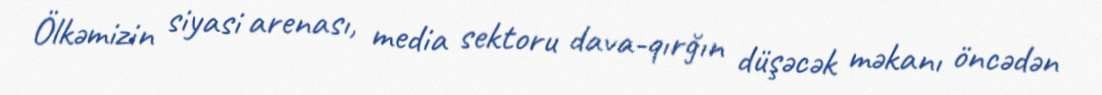
Ölkəmizin siyasi arenası, media sektoru dava-qırğın düşəcək məkanı öncədən